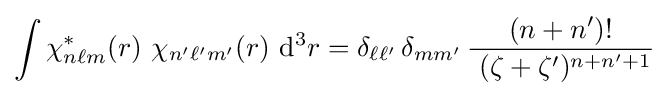
\int \chi _{n\ell m}^{*}(r)~\chi _{n'\ell 'm'}(r)~\mathrm {d} ^{3}r=\delta _{\ell \ell '}\,\delta _{mm'}\,{\frac {(n+n')!}{~(\zeta +\zeta ')^{n+n'+1}}}